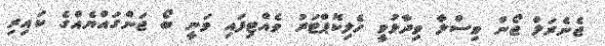
ޖެނެރަލް ޖޯން ވިސްލާ ވިދާޅުވީ ހެލިކޮޕްޓަރު ވެއްޓިފައި ވަނީ ބޯ ޖަންގައްޔެއްގެ ކައިރި